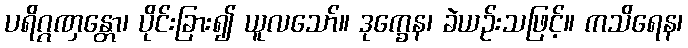
ပရိဂ္ဂဏှန္တော၊ ပိုင်းခြား၍ ယူလသော်။ ဒုက္ခေန၊ ခဲယဉ်းသဖြင့်။ ကသိရေန၊